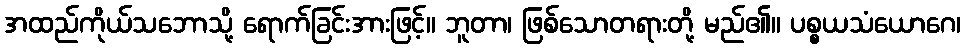
အထည်ကိုယ်သဘောသို့ ရောက်ခြင်းအားဖြင့်။ ဘူတာ၊ ဖြစ်သောတရားတို့ မည်၏။ ပစ္စယသံယောဂေ၊